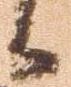
候